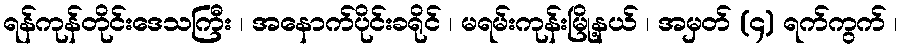
ရန်ကုန်တိုင်းဒေသကြီး ၊ အနောက်ပိုင်းခရိုင် ၊ မရမ်းကုန်းမြို့နယ် ၊ အမှတ် (၄) ရက်ကွက် ၊